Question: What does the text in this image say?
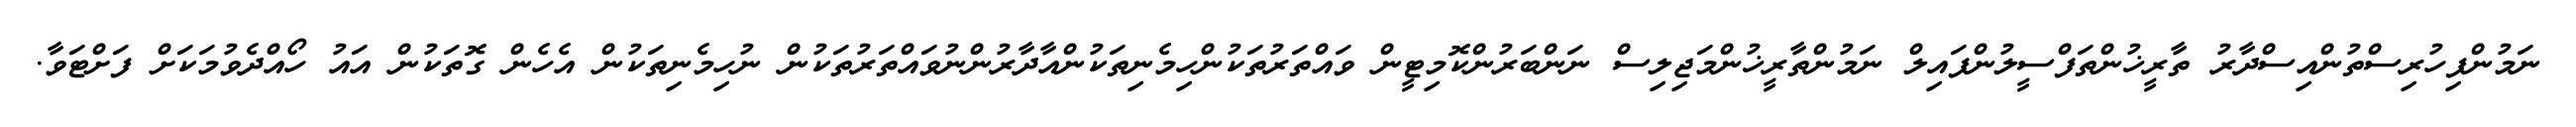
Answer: ނަމުންފިހުރިސްތުންއިސްދާރު ތާރީޚުންތަފްސީލުންފައިލް ނަމުންތާރީޚުންމަޖިލިސް ނަންބަރުންކޮމިޓީން ވައްތަރުތަކުންހިމެނިތަކުންއާދާރުންނުވައްތަރުތަކުން ނުހިމެނިތަކުން އެހެން ގޮތަކުން އައު ހޯއްދެވުމަކަށް ފަށްޓަވާ.